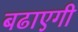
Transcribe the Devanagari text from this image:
बढाएगी